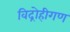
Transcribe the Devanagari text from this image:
विद्रोहीगण